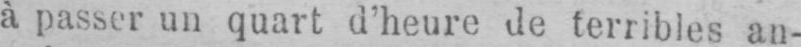
à passer un quart d’heure de terribles an-